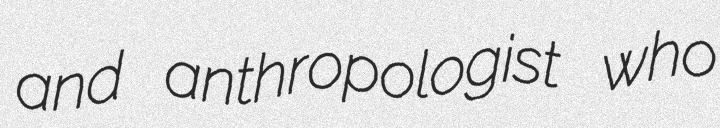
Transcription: and anthropologist who